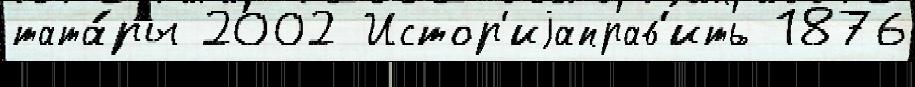
тата́ры 2002 Истор'иjаправ'ить 1876